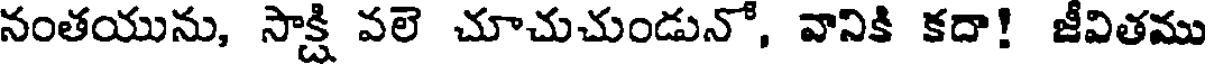
నంతయును, సాక్షి వలె చూచుచుండునో, వానికి కదా! జీవితము